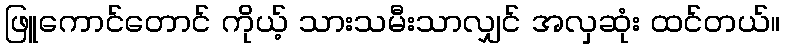
ဖြူကောင်တောင် ကိုယ့် သားသမီးသာလျှင် အလှဆုံး ထင်တယ်။